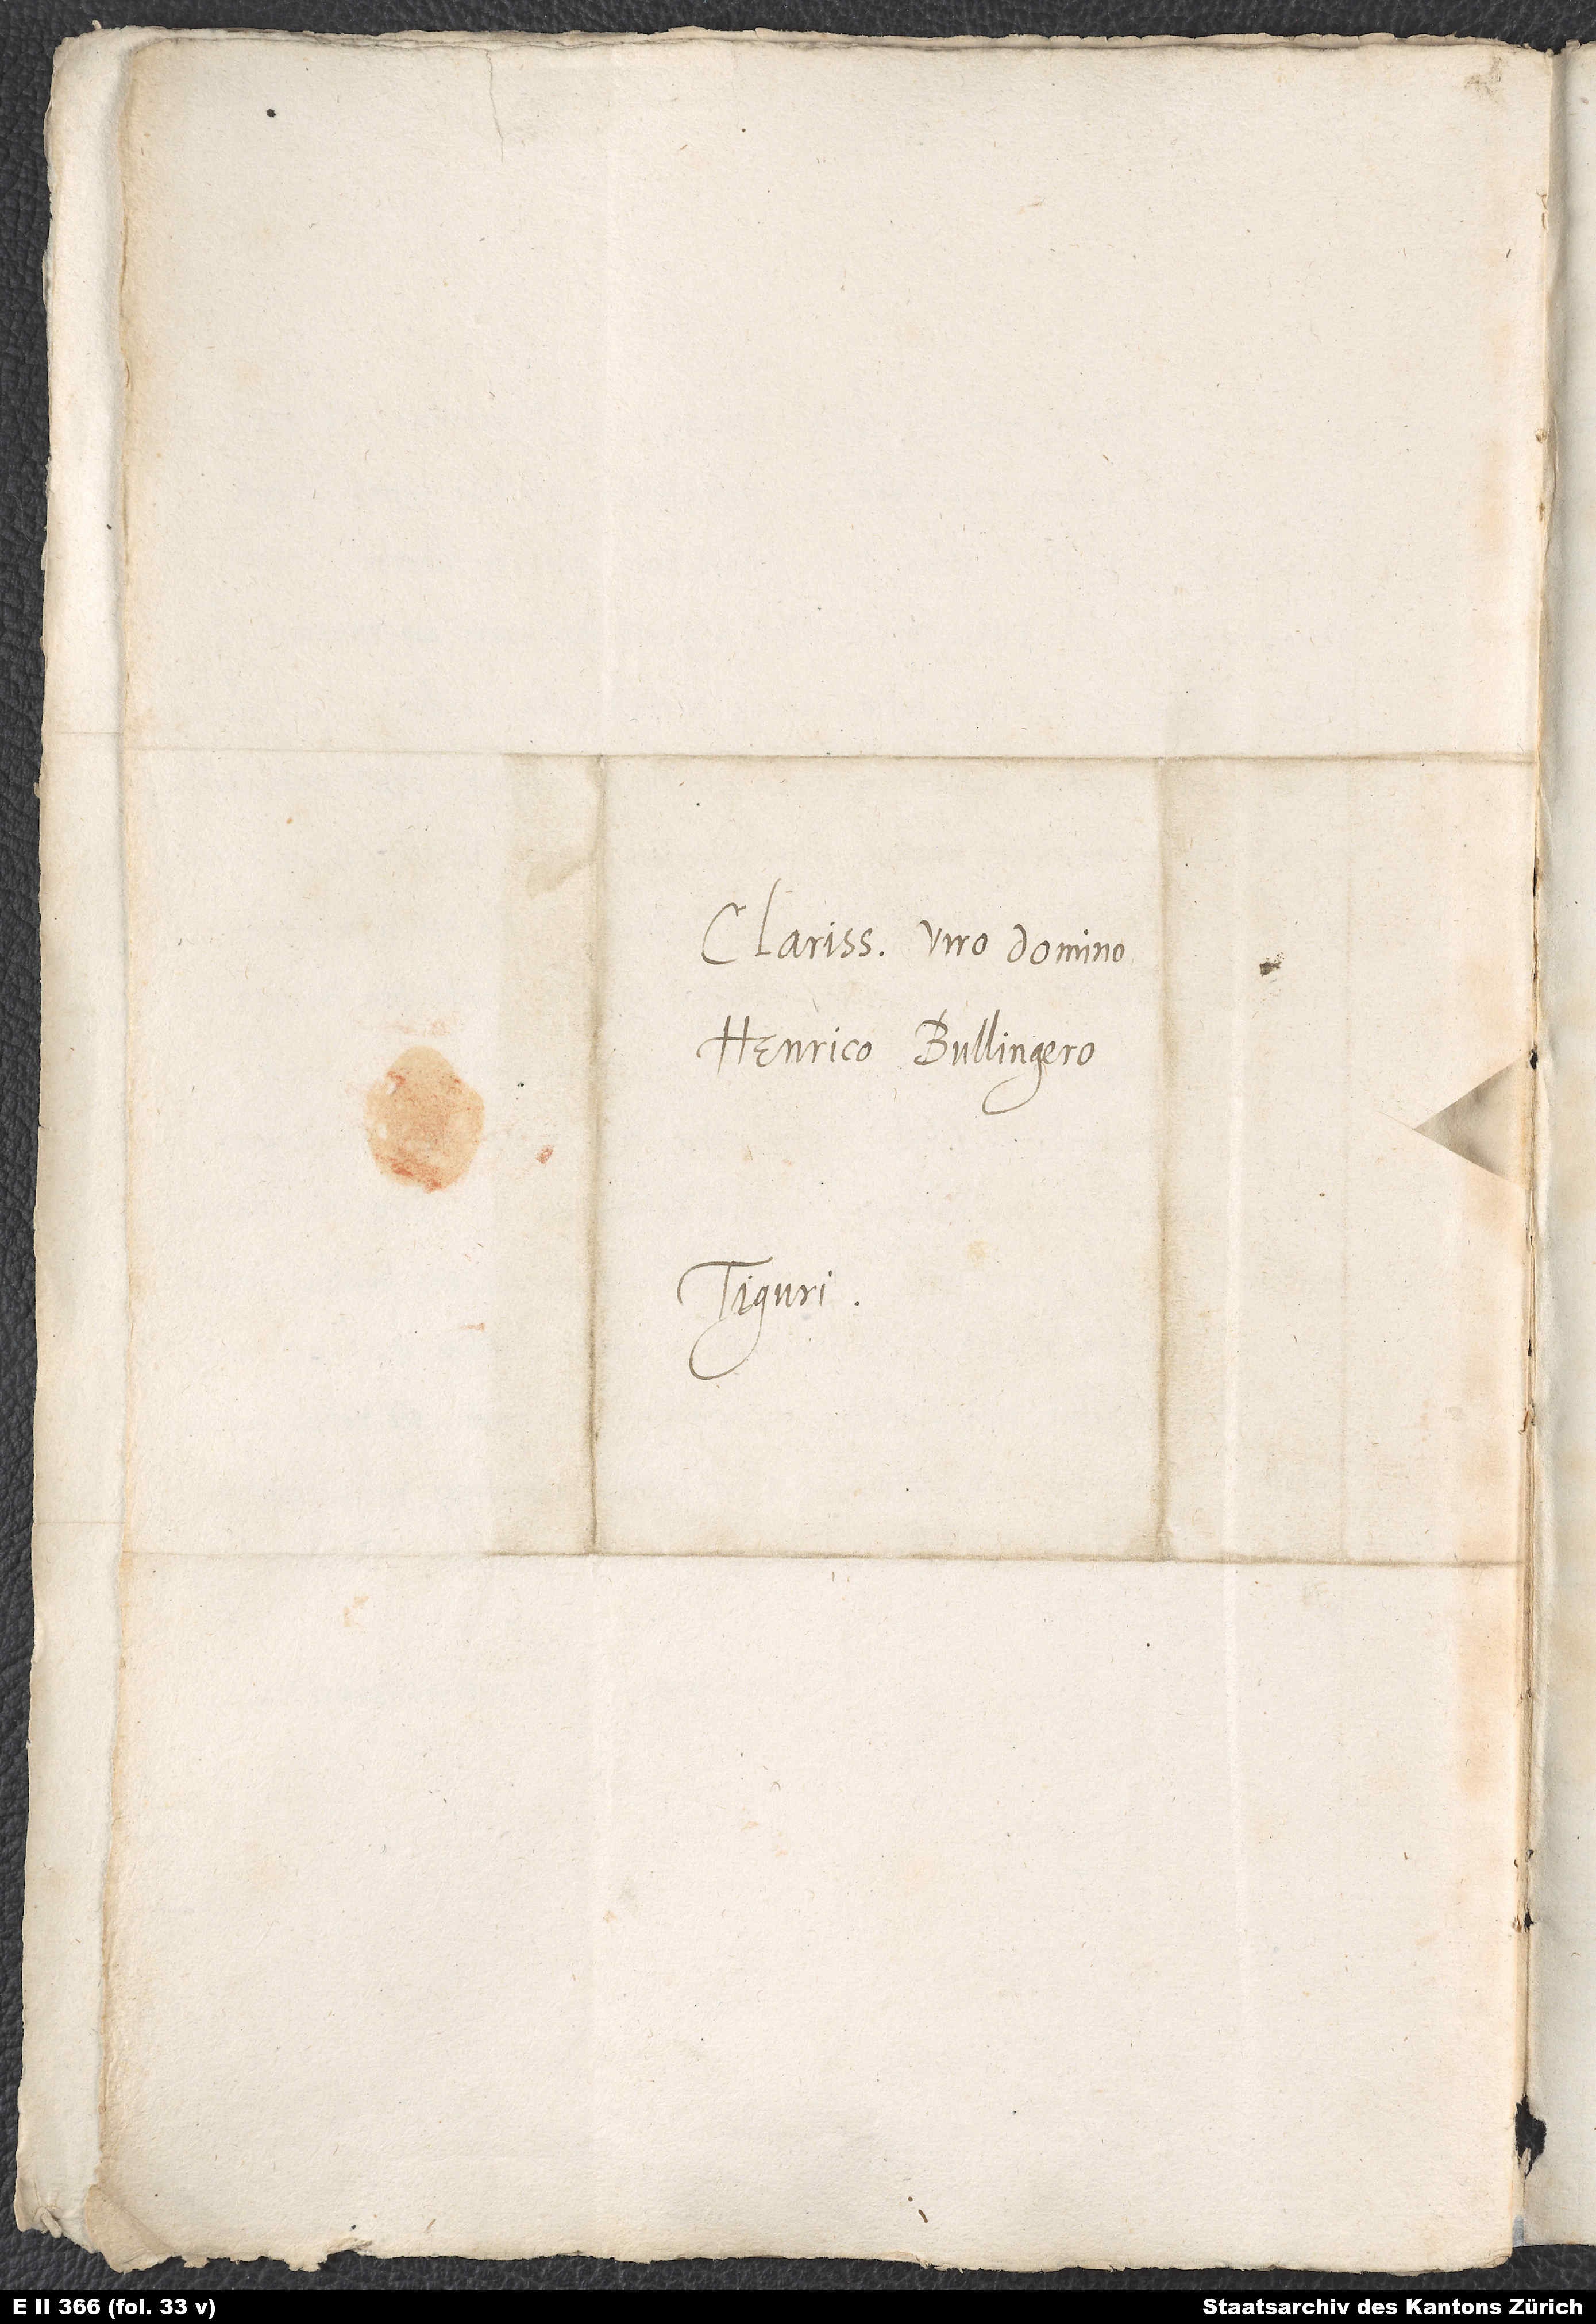
Clarissimo viro domino
Henrico Bullingero.
Tiguri.